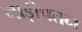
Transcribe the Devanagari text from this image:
नाड़ीपतन